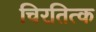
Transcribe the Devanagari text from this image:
चिरतित्क